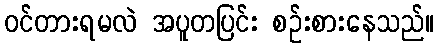
ဝင်တားရမလဲ အပူတပြင်း စဉ်းစားနေသည်။